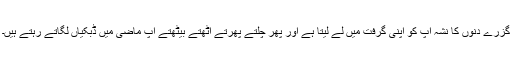
گزرے دنوں کا نشہ آپ کو اپنی گرفت میں لے لیتا ہے اور پھر چلتے پھرتے اٹھتے بیٹھتے آپ ماضی میں ڈبکیاں لگاتے رہتے ہیں۔